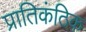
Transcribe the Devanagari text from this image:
प्रातिकंठिक